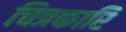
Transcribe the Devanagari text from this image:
चित्रकारि